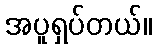
အပူရှပ်တယ်။